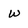
Character: w